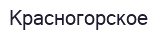
Красногорское